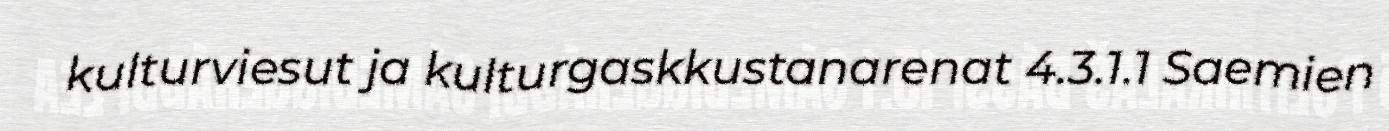
kulturviesut ja kulturgaskkustanarenat 4.3.1.1 Saemien